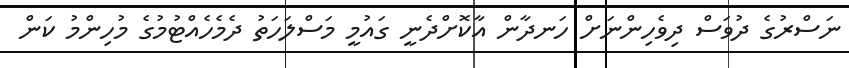
ނަސްރުގެ ދުވަސް ދިވެހިންނަށް ހަނދާން އާކޮށްދެނީ ގައުމީ މަސްލަހަތު ދެމެހެއްޓުމުގެ މުހިންމު ކަން